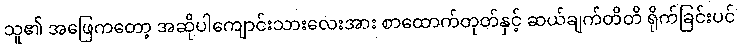
သူ၏ အဖြေကတော့ အဆိုပါကျောင်းသားလေးအား စာထောက်တုတ်နှင့် ဆယ်ချက်တိတိ ရိုက်ခြင်းပင်